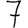
Digit: 7